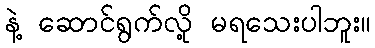
နဲ့ ဆောင်ရွက်လို့ မရသေးပါဘူး။